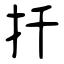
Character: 扦